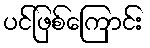
ပင်ဖြစ်ကြောင်း